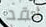
لقد